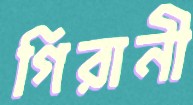
গিরানী